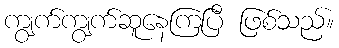
ကျွက်ကျွက်ဆူနေကြပြီ ဖြစ်သည်။